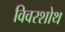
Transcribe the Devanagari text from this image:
विवरशोथ